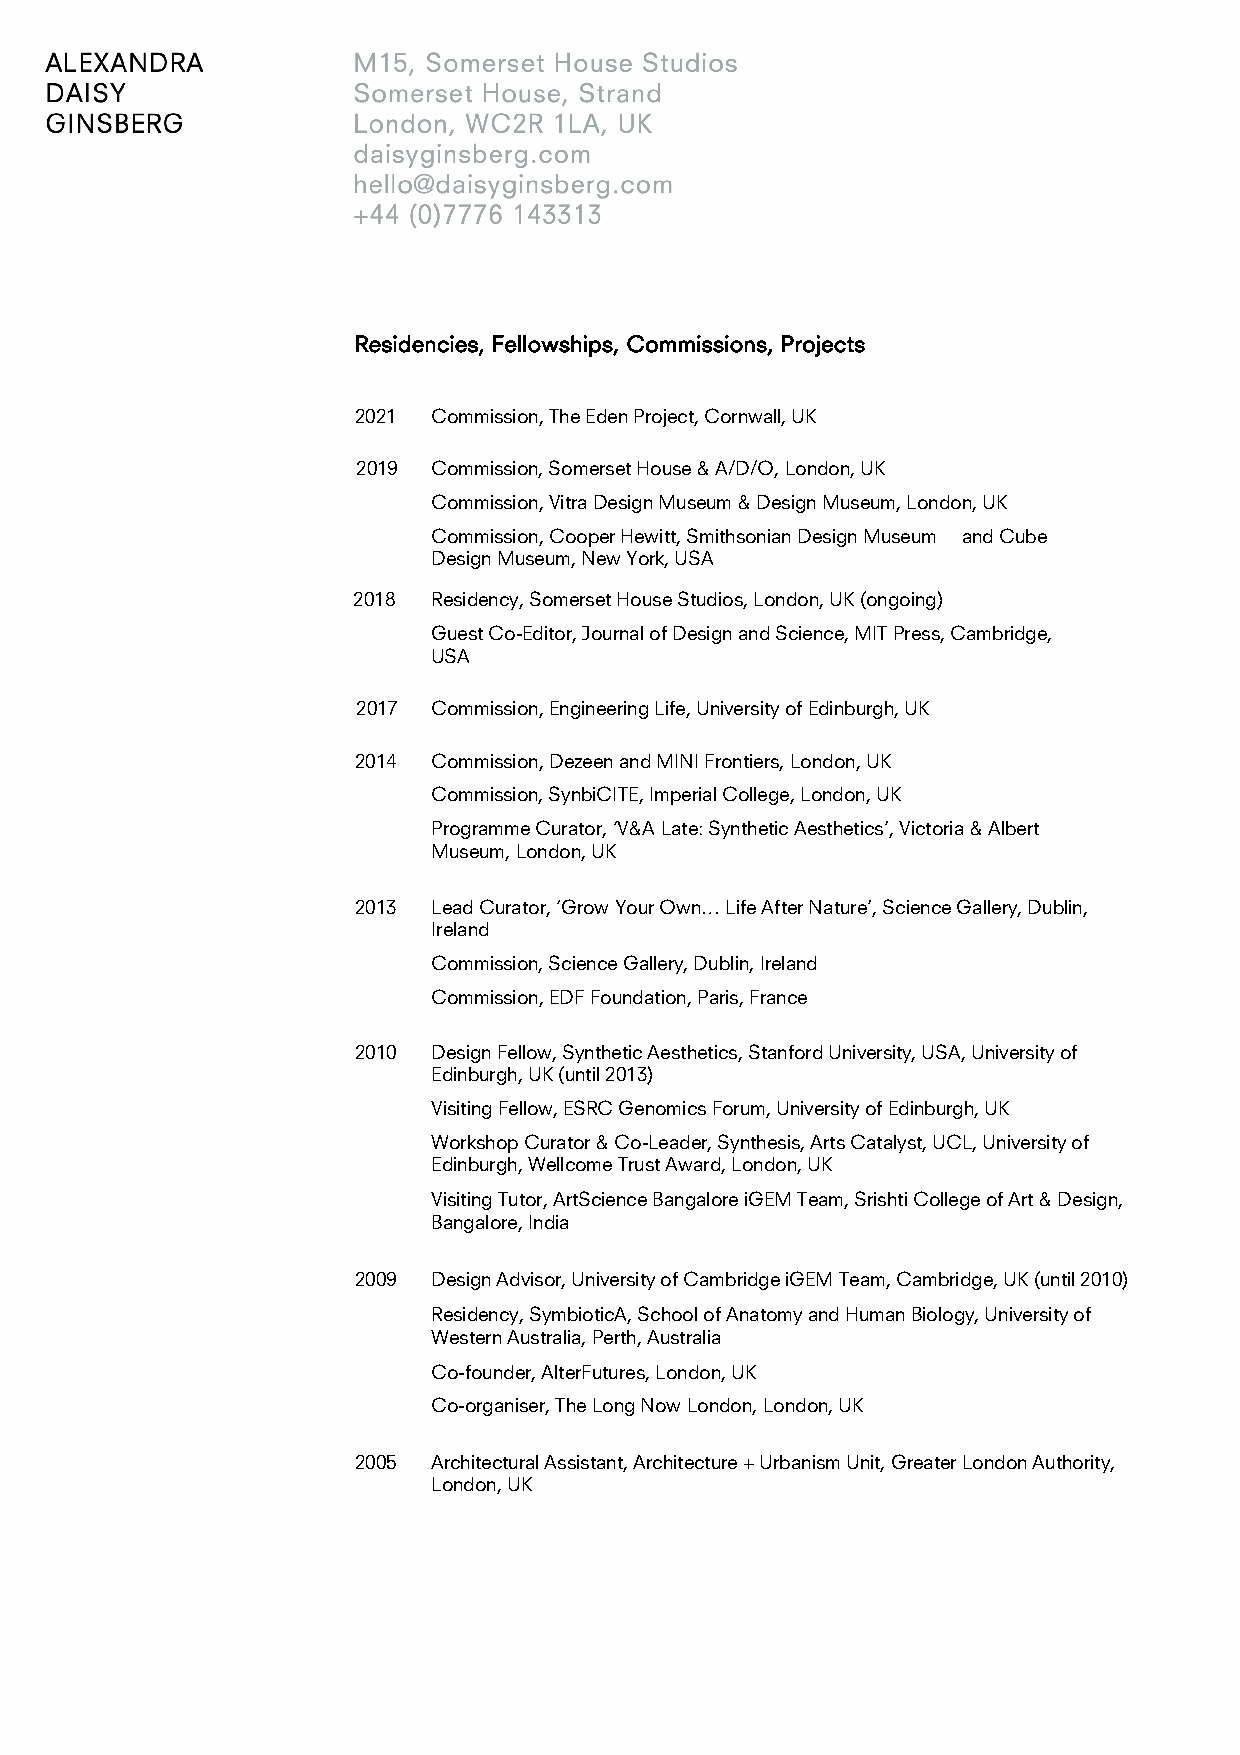
Residencies, Fellowships, Commissions, Projects
 2021  Commission, The Eden Project, Cornwall, UK
 2019 Commission, Somerset House & A/D/O, London, UK
 Commission, Vitra Design Museum & Design Museum, London, UK
 Commission, Cooper Hewitt, Smithsonian Design Museum and Cube
 Design Museum, New York, USA
 2018  Residency, Somerset House Studios, London, UK (ongoing)
 Guest Co-Editor, Journal of Design and Science, MIT Press, Cambridge,
 USA
 2017 Commission, Engineering Life, University of Edinburgh, UK
 2014  Commission, Dezeen and MINI Frontiers, London, UK
 Commission, SynbiCITE, Imperial College, London, UK
 Programme Curator, ‘V&A Late: Synthetic Aesthetics’, Victoria & Albert
 Museum, London, UK
 2013  Lead Curator, ‘Grow Your Own… Life After Nature’, Science Gallery, Dublin,
 Ireland
 Commission, Science Gallery, Dublin, Ireland
 Commission, EDF Foundation, Paris, France
 2010  Design Fellow, Synthetic Aesthetics, Stanford University, USA, University of
 Edinburgh, UK (until 2013)
 Visiting Fellow, ESRC Genomics Forum, University of Edinburgh, UK
 Workshop Curator & Co-Leader, Synthesis, Arts Catalyst, UCL, University of
 Edinburgh, Wellcome Trust Award, London, UK
 Visiting Tutor, ArtScience Bangalore iGEM Team, Srishti College of Art & Design,
 Bangalore, India
 2009  Design Advisor, University of Cambridge iGEM Team, Cambridge, UK (until 2010)
 Residency, SymbioticA, School of Anatomy and Human Biology, University of
 Western Australia, Perth, Australia
 Co-founder, AlterFutures, London, UK
 Co-organiser, The Long Now London, London, UK
 2005  Architectural Assistant, Architecture + Urbanism Unit, Greater London Authority,
 London, UK